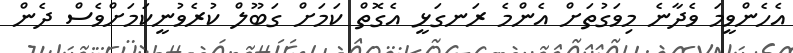
އެހެންވީމަ ވެދާނެ މިވަގުތަށް އެންމެ ރަނގަޅީ އެގޮތް ކަމަށް ގަބޫލް ކުރެވުނީކަމަށްވެސް ދެން